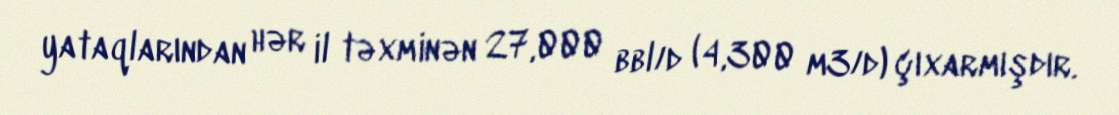
yataqlarından hər il təxminən 27,000 bbl/d (4,300 m3/d) çıxarmışdır.